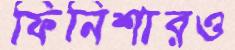
ফিনিশারও